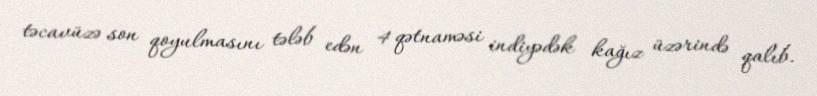
təcavüzə son qoyulmasını tələb edən 4 qətnaməsi indiyədək kağız üzərində qalıb.